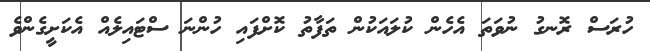
ހުރަސް ރޮނގު ނުވަތަ އެހެން ކުލައަކުން ތަފާތު ކޮށްފައި ހުންނަ ސްޓައިލެއް އެކަށީގެންވެ